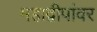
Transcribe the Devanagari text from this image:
महाद्वीपांवर